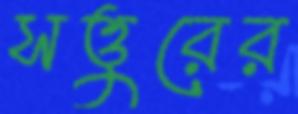
সত্তুরের